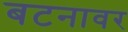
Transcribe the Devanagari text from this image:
बटनावर